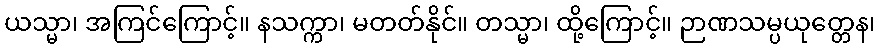
ယသ္မာ၊ အကြင်ကြောင့်။ နသက္ကာ၊ မတတ်နိုင်။ တသ္မာ၊ ထို့ကြောင့်။ ဉာဏသမ္ပယုတ္တေန၊